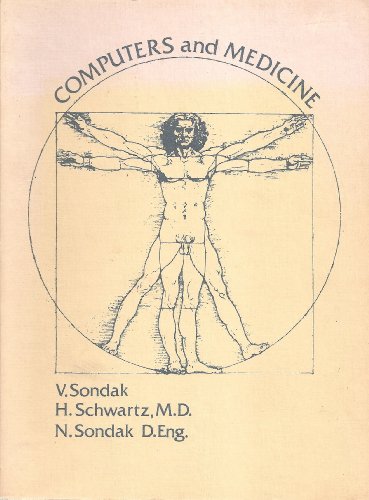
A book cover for Computers and Medicine; Medical Books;